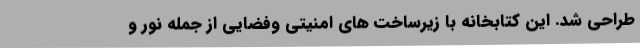
طراحی شد. این کتابخانه با زیرساخت های امنیتی وفضایی از جمله نور و